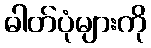
ဓါတ်ပုံများကို